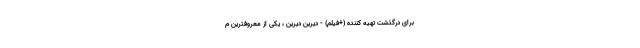
برای درگذشت تهیه کننده (+فیلم) - دیرین دیرین ، یکی از معروفترین م